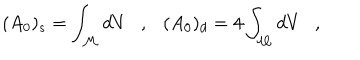
( A _ { 0 } ) _ { s } = \int _ { \cal M } d V , ( A _ { 0 } ) _ { d } = 4 \int _ { \cal M } d V ,